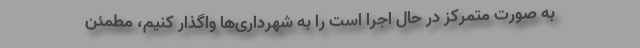
به صورت متمرکز در حال اجرا است را به شهرداری‌ها واگذار کنیم، مطمئن